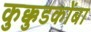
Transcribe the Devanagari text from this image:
कुक्कुडकोंबा